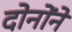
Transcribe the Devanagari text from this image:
दोनोंने